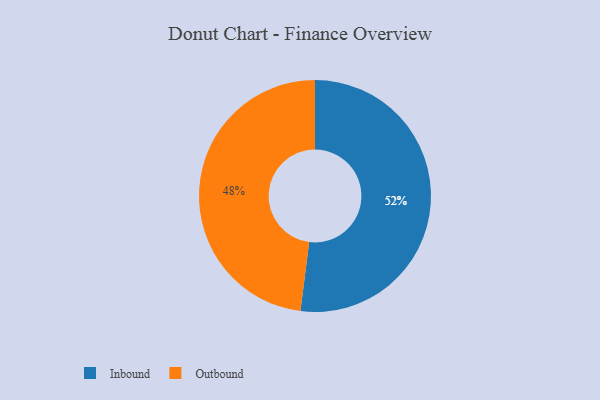
{"axis": {"x": "Category", "y": "Percentage"}, "legend": ["Inbound", "Outbound"], "data": [{"x": "Inbound", "y": 52, "type": "Inbound"}, {"x": "Outbound", "y": 48, "type": "Outbound"}]}